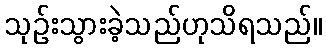
သုဉ်းသွားခဲ့သည်ဟုသိရသည်။